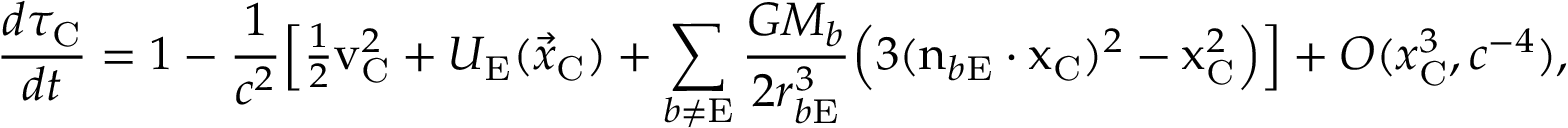
\frac { d \tau _ { \mathrm { C } } } { d t } = 1 - \frac { 1 } { c ^ { 2 } } \Big [ { \textstyle \frac { 1 } { 2 } } \boldsymbol { \mathrm { v } } _ { \mathrm { C } } ^ { 2 } + U _ { \mathrm { E } } ( { \vec { x } } _ { \mathrm { C } } ) + \sum _ { b \not = \mathrm { E } } \frac { G M _ { b } } { 2 r _ { b \mathrm { E } } ^ { 3 } } \Big ( 3 ( \boldsymbol { \mathrm { n } } _ { b \mathrm { E } } \cdot \boldsymbol { \mathrm { x } } _ { \mathrm { C } } ) ^ { 2 } - \boldsymbol { \mathrm { x } } _ { \mathrm { C } } ^ { 2 } \Big ) \Big ] + { \cal O } ( { x _ { \mathrm { C } } ^ { 3 } , c ^ { - 4 } } ) ,